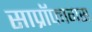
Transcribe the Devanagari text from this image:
साप्रॉफागस